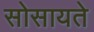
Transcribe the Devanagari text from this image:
सोसायते